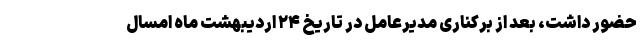
حضور داشت، بعد از برکناری مدیرعامل در تاریخ ۲۴ اردیبهشت ماه امسال